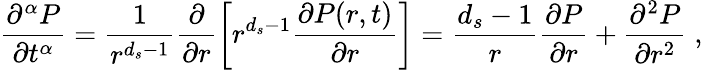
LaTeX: \frac{\partial^{\alpha}P}{\partial t^{\alpha}}=\frac{1}{r^{d_{s}-1}}\frac{\partial}{\partial r}\left[r^{d_{s}-1}\frac{\partial P(r,t)}{\partial r}\right]=\frac{d_{s}-1}{r}\frac{\partial P}{\partial r}+\frac{\partial^{2}P}{\partial r^{2}}\; ,